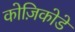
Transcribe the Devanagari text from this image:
कोज़िकोडे